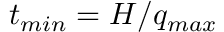
t _ { m i n } = H / q _ { m a x }